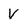
Character: v